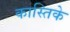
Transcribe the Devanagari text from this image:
कास्तिके